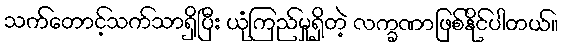
သက်တောင့်သက်သာရှိပြီး ယုံကြည်မှုရှိတဲ့ လက္ခဏာဖြစ်နိုင်ပါတယ်။